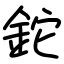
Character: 鉈